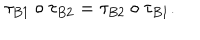
\tau _ { B 1 } \circ \tau _ { B 2 } = \tau _ { B 2 } \circ \tau _ { B 1 } .